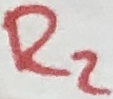
Text: R2